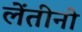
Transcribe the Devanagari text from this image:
लेंतीनो